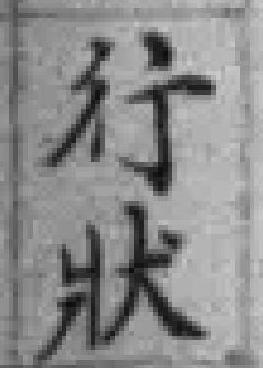
行狀